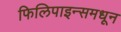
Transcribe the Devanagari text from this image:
फिलिपाइन्समधून